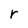
Character: r